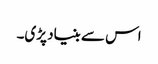
اس سے بنیاد پڑی۔